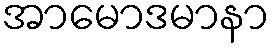
အာမောဒမာနာ